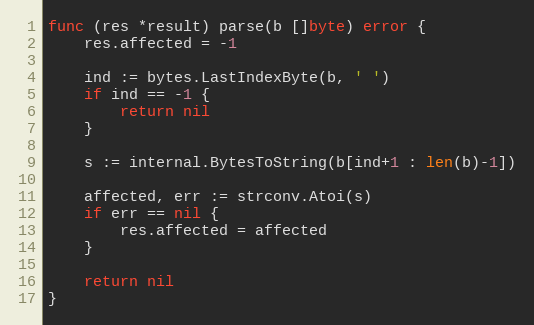
Language: Go
func (res *result) parse(b []byte) error {
	res.affected = -1

	ind := bytes.LastIndexByte(b, ' ')
	if ind == -1 {
		return nil
	}

	s := internal.BytesToString(b[ind+1 : len(b)-1])

	affected, err := strconv.Atoi(s)
	if err == nil {
		res.affected = affected
	}

	return nil
}